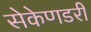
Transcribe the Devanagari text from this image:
सेकेणडरी